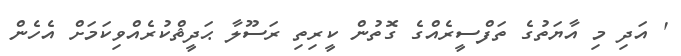
' އަދި މި އާޔަތުގެ ތަފްސީރެއްގެ ގޮތުން ކީރިތި ރަސޫލާ ޙަދީޘްކުރެއްވިކަމަށް އެހެން